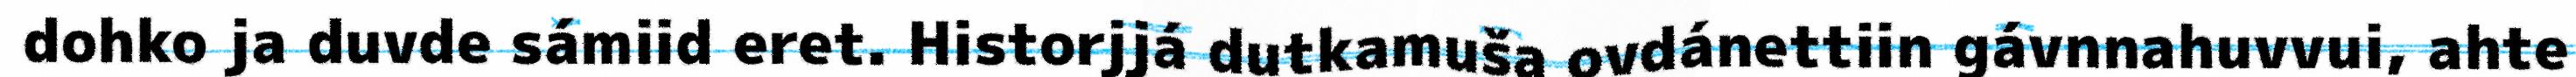
dohko ja duvde sámiid eret. Historjjá dutkamuša ovdánettiin gávnnahuvvui, ahte